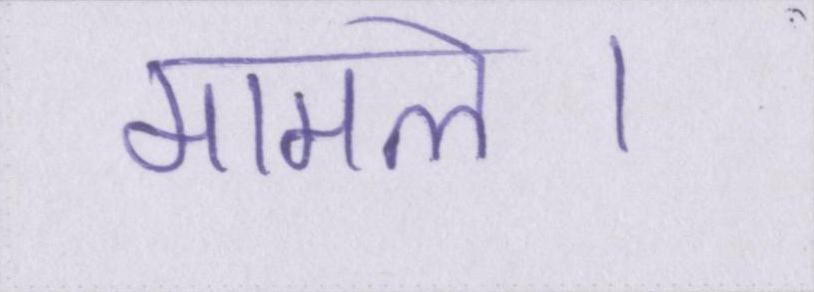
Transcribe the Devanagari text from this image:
मामले।